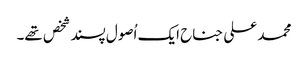
محمد علی جناح ایک اُصول پسند شخص تھے۔